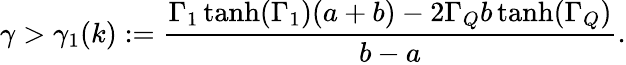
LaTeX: \gamma>\gamma_{1}(k):=\frac{\Gamma_{1}\operatorname{tanh}(\Gamma_{1})(a+b)-2\Gamma_{Q}b\operatorname{tanh}(\Gamma_{Q})}{b-a}.